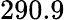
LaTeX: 290.9